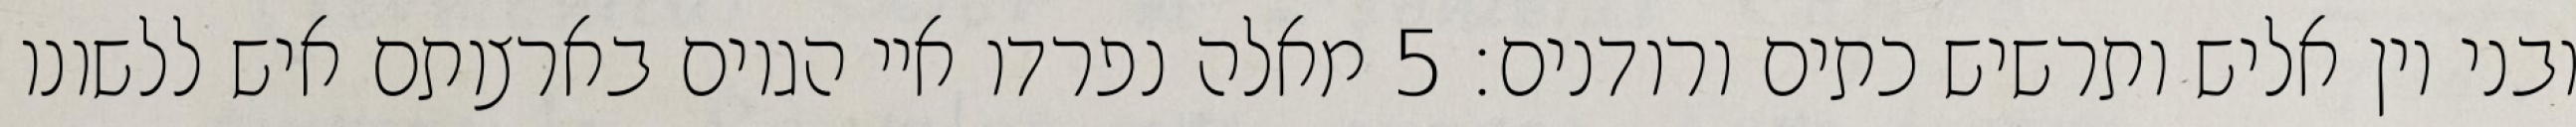
ובני יון אליש ותרשיש כתים ורודנים׃ ‎5‏ מאלה נפרדו איי הגוים בארצותם איש ללשונו